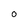
Character: o